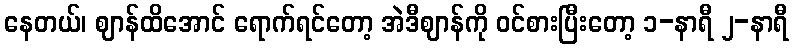
နေတယ်၊ ဈာန်ထိအောင် ရောက်ရင်တော့ အဲဒီဈာန်ကို ဝင်စားပြီးတော့ ၁-နာရီ ၂-နာရီ